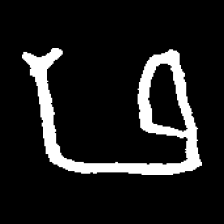
Pyu character \u2014 Myanmar letter: ဖ (romanized: pha)